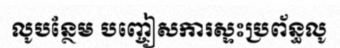
លូបន្ថែម បញ្ចៀសការស្ទះប្រព័ន្ធលូ